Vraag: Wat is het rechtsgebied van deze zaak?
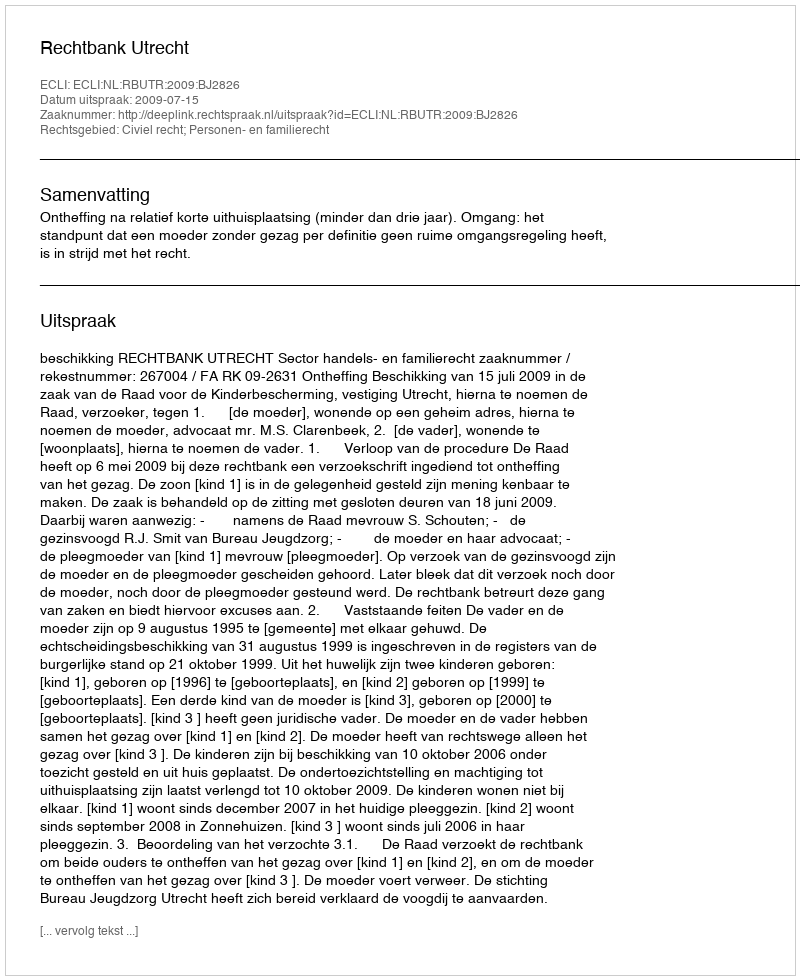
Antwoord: Civiel recht; Personen- en familierecht